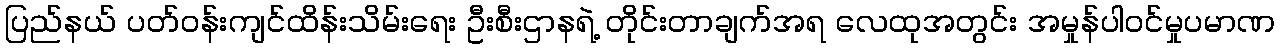
ပြည်နယ် ပတ်ဝန်းကျင်ထိန်းသိမ်းရေး ဦးစီးဌာနရဲ့ တိုင်းတာချက်အရ လေထုအတွင်း အမှုန်ပါဝင်မှုပမာဏ